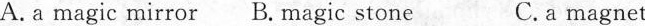
A.a magic mirror B. Magic stone C.a magnet